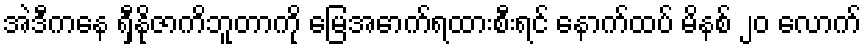
အဲဒီကနေ ရှီနိုဇာကိဘူတာကို မြေအောက်ရထားစီးရင် နောက်ထပ် မိနစ် ၂၀ လောက်